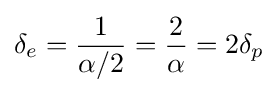
\delta _{e}={\frac {1}{\alpha /2}}={\frac {2}{\alpha }}=2\delta _{p}